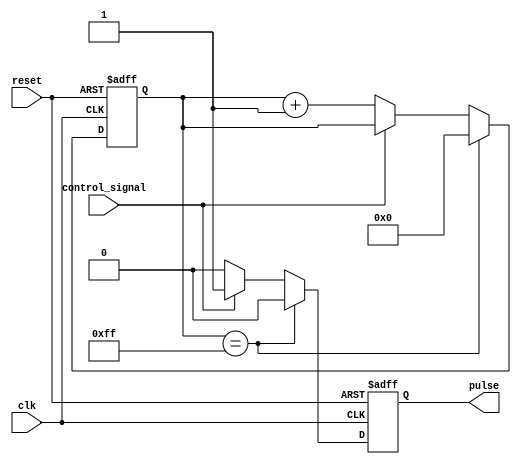
module variable_pulse_width_generator (
    input wire clk,
    input wire reset,
    input wire control_signal,
    output reg pulse
);

reg [7:0] counter;

always @ (posedge clk or posedge reset) begin
    if (reset) begin
        counter <= 8'h00;
        pulse <= 1'b0;
    end else begin
        if (counter == 8'hFF) begin
            counter <= 8'h00;
            pulse <= 1'b0;
        end else begin
            if (control_signal) begin
                pulse <= 1'b1;
            end else begin
                counter <= counter + 1;
                pulse <= 1'b0;
            end
        end
    end
end

endmodule